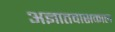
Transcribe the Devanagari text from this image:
अज्ञातवासकाल